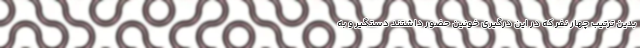
بدین ترتیب چهار نفر که در این درگیری خونین حضور داشتند دستگیر و به